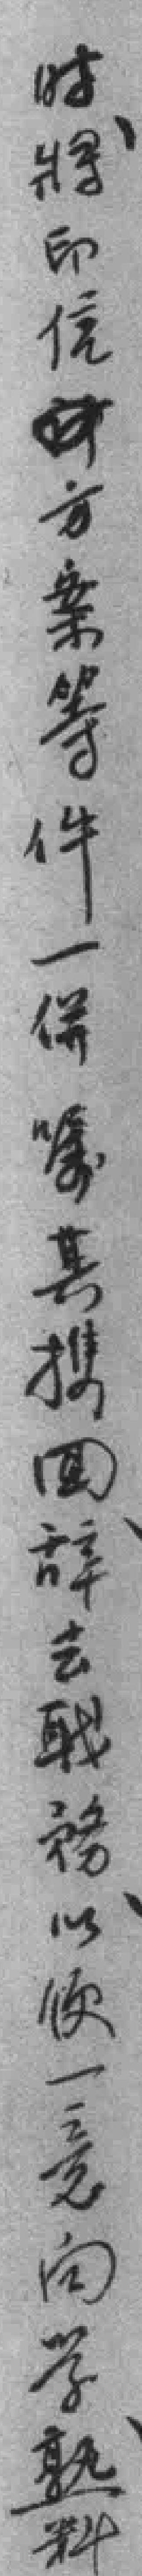
时將印信方案等件一併嘱其携囬辞去職務以便一意向学孰料